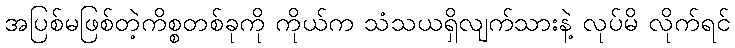
အပြစ်မဖြစ်တဲ့ကိစ္စတစ်ခုကို ကိုယ်က သံသယရှိလျက်သားနဲ့ လုပ်မိ လိုက်ရင်